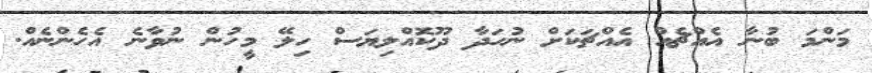
މަންމަ ބުނާ އެއްޗެއް އެއްޗަކަށް ނުހަދާ ދޫކޮއްލިޔަސް ހިލޭ މީހުން ނުވާނެ އެހެންނެއް.